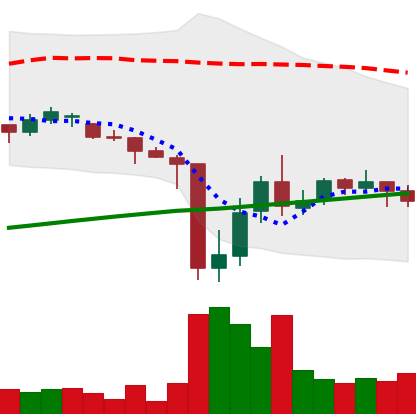
Ticker: DOGE-USD
Chart end date: 2021-07-01
Forward return: -4.141%
Label: down_3_5